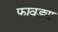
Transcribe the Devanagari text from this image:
फावड्या